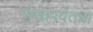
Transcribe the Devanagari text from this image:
पंखांपर्यंतचा